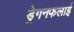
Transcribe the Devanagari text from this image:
ड्रेगनफलाई